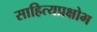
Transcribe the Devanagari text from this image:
साहित्यप्रक्षोभ